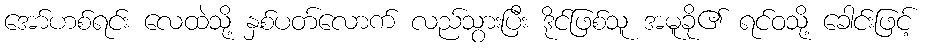
အော်ဟစ်ရင်း လေထဲသို့ နှစ်ပတ်လောက် လည်သွားပြီး ဒိုင်ဖြစ်သူ အမူခို၏ ရင်ဝသို့ ခေါင်းဖြင့်